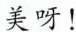
美呀！